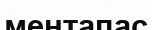
ментапас